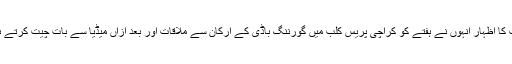
ان خیالات کا اظہار انہوں نے ہفتے کو کراچی پریس کلب میں گورننگ باڈی کے ارکان سے ملاقات اور بعد ازاں میڈیا سے بات چیت کرتے ہوئے کیا۔